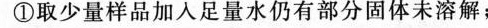
①取少量样品加入足量水仍有部分固体未溶解；